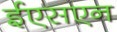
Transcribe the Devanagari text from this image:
ईएसएन